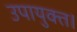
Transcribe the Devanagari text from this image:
उपायुक्त।